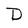
Character: D